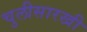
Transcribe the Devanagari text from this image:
चुलीसारखी